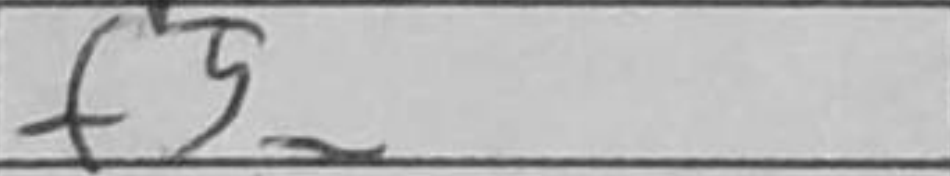
Transcription: f5